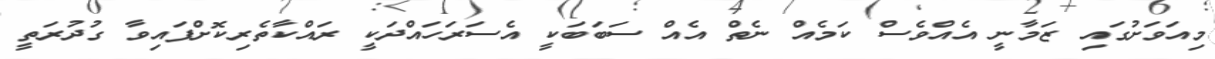
މިއަވަށުގައި ޒަމާނީ އެއްވެސް ކަމެއް ނެތް އެއް ސަބަބަކީ އެސަރަހައްދަކީ ރައްކާތެރިކޮށްފައިވާ ގުދުރަތީ